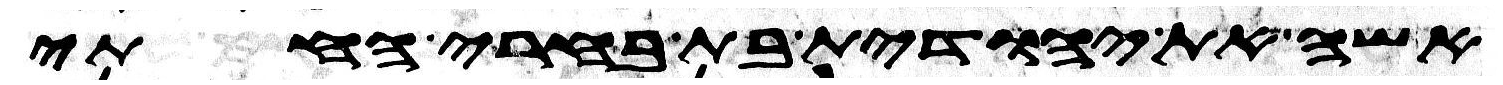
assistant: אשה את יהודית בת בארי החתי